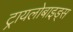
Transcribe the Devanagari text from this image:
ट्रायलोबाइड्स